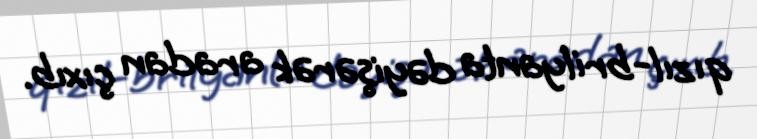
qızıl-brilyanta dəyişərək aradan çıxıb.